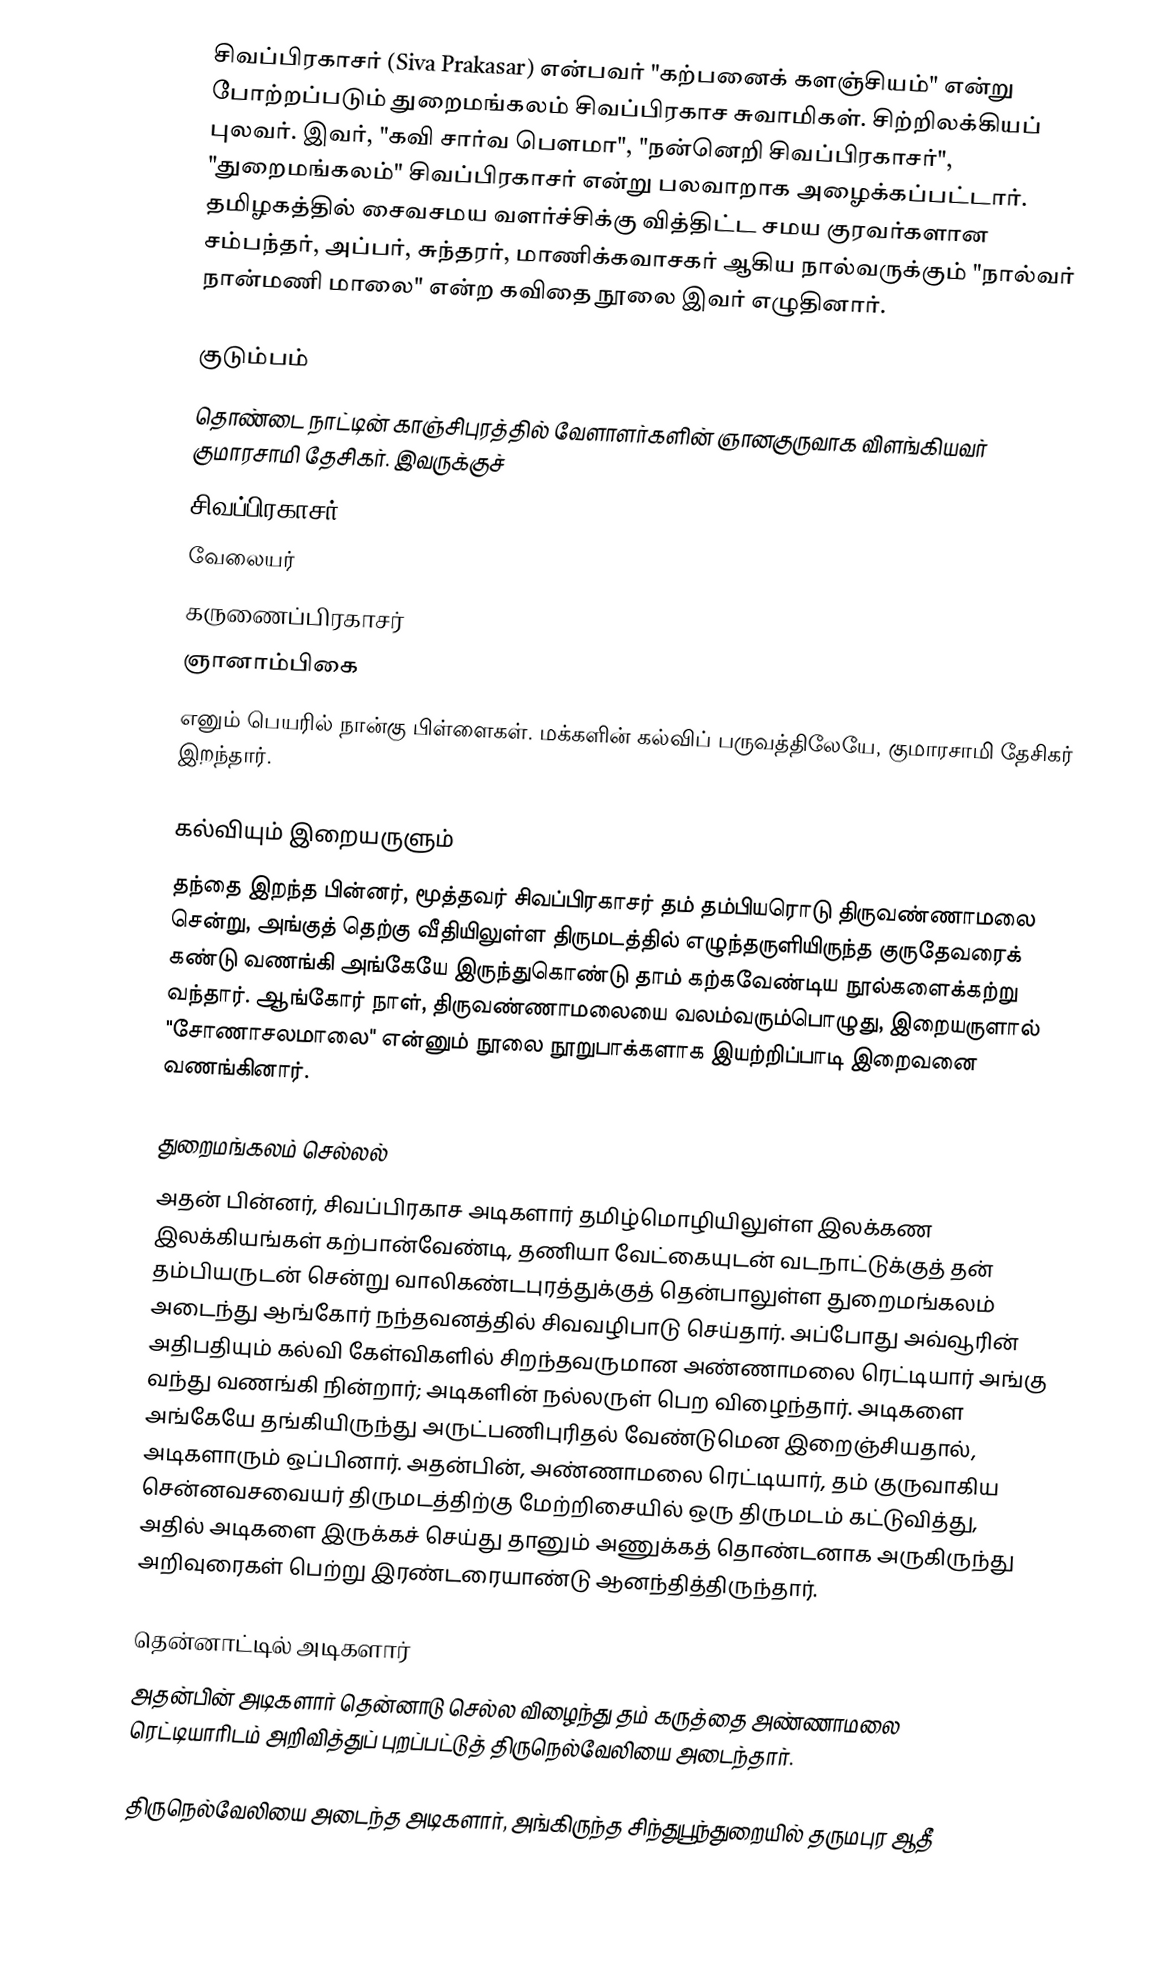
சிவப்பிரகாசர் (Siva Prakasar) என்பவர் "கற்பனைக் களஞ்சியம்" என்று போற்றப்படும் துறைமங்கலம் சிவப்பிரகாச சுவாமிகள். சிற்றிலக்கியப் புலவர். இவர், "கவி சார்வ பெளமா", "நன்னெறி சிவப்பிரகாசர்", "துறைமங்கலம்" சிவப்பிரகாசர் என்று பலவாறாக அழைக்கப்பட்டார். தமிழகத்தில் சைவசமய வளர்ச்சிக்கு வித்திட்ட சமய குரவர்களான சம்பந்தர், அப்பர், சுந்தரர், மாணிக்கவாசகர் ஆகிய நால்வருக்கும் "நால்வர் நான்மணி மாலை" என்ற கவிதை நூலை இவர் எழுதினார்.

குடும்பம்
தொண்டை நாட்டின் காஞ்சிபுரத்தில் வேளாளர்களின் ஞானகுருவாக விளங்கியவர் குமாரசாமி தேசிகர். இவருக்குச்
 சிவப்பிரகாசர்
 வேலையர்
 கருணைப்பிரகாசர்
 ஞானாம்பிகை
எனும் பெயரில் நான்கு பிள்ளைகள். மக்களின் கல்விப் பருவத்திலேயே, குமாரசாமி தேசிகர் இறந்தார்.

கல்வியும் இறையருளும்
தந்தை இறந்த பின்னர், மூத்தவர் சிவப்பிரகாசர் தம் தம்பியரொடு திருவண்ணாமலை சென்று, அங்குத் தெற்கு வீதியிலுள்ள திருமடத்தில் எழுந்தருளியிருந்த குருதேவரைக் கண்டு வணங்கி அங்கேயே இருந்துகொண்டு தாம் கற்கவேண்டிய நூல்களைக்கற்று வந்தார். ஆங்கோர் நாள், திருவண்ணாமலையை வலம்வரும்பொழுது, இறையருளால் "சோணாசலமாலை" என்னும் நூலை நூறுபாக்களாக இயற்றிப்பாடி இறைவனை வணங்கினார்.

துறைமங்கலம் செல்லல்
அதன் பின்னர், சிவப்பிரகாச அடிகளார் தமிழ்மொழியிலுள்ள இலக்கண இலக்கியங்கள் கற்பான்வேண்டி, தணியா வேட்கையுடன் வடநாட்டுக்குத் தன் தம்பியருடன் சென்று வாலிகண்டபுரத்துக்குத் தென்பாலுள்ள துறைமங்கலம் அடைந்து ஆங்கோர் நந்தவனத்தில் சிவவழிபாடு செய்தார். அப்போது அவ்வூரின் அதிபதியும் கல்வி கேள்விகளில் சிறந்தவருமான அண்ணாமலை ரெட்டியார் அங்கு வந்து வணங்கி நின்றார்; அடிகளின் நல்லருள் பெற விழைந்தார். அடிகளை அங்கேயே தங்கியிருந்து அருட்பணிபுரிதல் வேண்டுமென இறைஞ்சியதால், அடிகளாரும் ஒப்பினார். அதன்பின், அண்ணாமலை ரெட்டியார், தம் குருவாகிய சென்னவசவையர் திருமடத்திற்கு மேற்றிசையில் ஒரு திருமடம் கட்டுவித்து, அதில் அடிகளை இருக்கச் செய்து தானும் அணுக்கத் தொண்டனாக அருகிருந்து அறிவுரைகள் பெற்று இரண்டரையாண்டு ஆனந்தித்திருந்தார்.

தென்னாட்டில் அடிகளார்
அதன்பின் அடிகளார் தென்னாடு செல்ல விழைந்து தம் கருத்தை அண்ணாமலை ரெட்டியாரிடம் அறிவித்துப் புறப்பட்டுத் திருநெல்வேலியை அடைந்தார்.

திருநெல்வேலியை அடைந்த அடிகளார், அங்கிருந்த சிந்துபூந்துறையில் தருமபுர ஆதீ